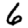
Digit: 6